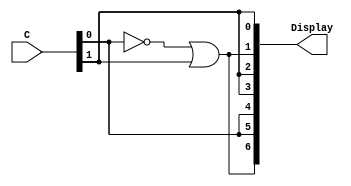
// implements a 7-segment decoder for d, E, 1 and blank
module char_7seg (C, Display);
	input [1:0] C; // input code
	output [0:6] Display; // output 7-seg code

	assign Display[0] = ~C[0] | C[1];
	assign Display[1] = C[0];
	assign Display[2] = C[0];
	assign Display[3] = C[1];
	assign Display[4] = C[1];
	assign Display[5] = ~C[0] | C[1];
	assign Display[6] = C[1];
	
endmodule 


module part6(CLOCK_50, SW, HEX5, HEX4, HEX3, HEX2, HEX1, HEX0);
	input CLOCK_50;
	input [1:0] SW;
	output [0:6] HEX5, HEX4, HEX3, HEX2, HEX1, HEX0;
	reg [25:0] Q;
	reg [3:0] A;
	wire sec;
	reg [11:0] temp;
	
	// 50MHz to ~= 1 Hz
	always @ (posedge CLOCK_50, negedge SW[0])
		if(~SW[0])
			Q <= 26'b1;
		else
			Q <= Q + 1;	
	
	// Enable
	assign sec = (Q == 0);
	
	// 3Bit Counter
	always @ (posedge CLOCK_50, negedge SW[0])
		if(~SW[0])
			A <= 3'b0;
		else
			if(sec)
				if (A == 3'd5)
					A <= 3'b0;
				else
					A <= A + 1;
	
	// Cylcying through displays in ticker-tape fashion 	
	always @(A)
	case(A)
		3'b000: temp = 12'b111111000110;
		3'b001: temp = 12'b111100011011;
		3'b010: temp = 12'b110001101111;
		3'b011: temp = 12'b000110111111;
		3'b100: temp = 12'b011011111100;
		3'b101: temp = 12'b101111110001;
		default: temp = 12'b111111111111;
	endcase
		
	char_7seg u0(temp[1:0], HEX0);
	char_7seg u1(temp[3:2], HEX1);
	char_7seg u2(temp[5:4], HEX2);
	char_7seg u3(temp[7:6], HEX3);
	char_7seg u4(temp[9:8], HEX4);
	char_7seg u5(temp[11:10], HEX5);

endmodule